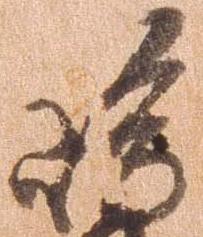
島